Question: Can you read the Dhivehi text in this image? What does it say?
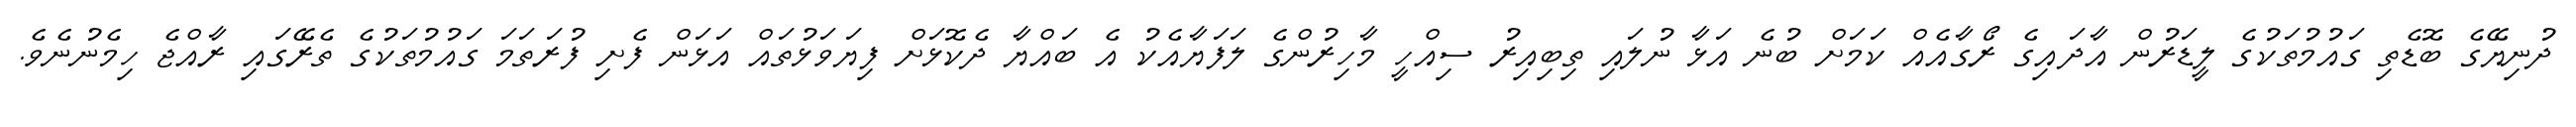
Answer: ދުނިޔޭގެ ބޮޑެތި ގައުމުތަކުގެ ލީޑަރުން އާދައިގެ ރޯގާއެއް ކަމަށް ބުނެ އަޅާ ނުލައި ތިބިއިރު ސިއްހީ މާހިރުންގެ ލަފަޔާއެކު އެ ބައްޔާ ދެކޮޅަށް ފިޔަވަޅުތައް އަޅަން ފެށި ފުރަތަމަ ގައުމުތަކުގެ ތެރޭގައި ރާއްޖެ ހިމެނުނެވެ.